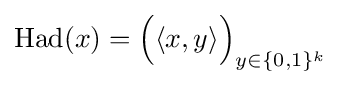
{\text{Had}}(x)={\Big (}\langle x,y\rangle {\Big )}_{y\in \{0,1\}^{k}}